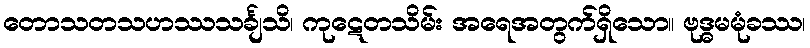
တောသတသဟဿသင်္ချသိ၊ ကုဋေတသိမ်း အရေအတွက်ရှိသော။ ဗုဒ္ဓမမုံခဿ၊